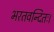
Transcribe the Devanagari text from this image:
भरतवन्दितः।